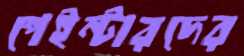
পেইন্টারদের